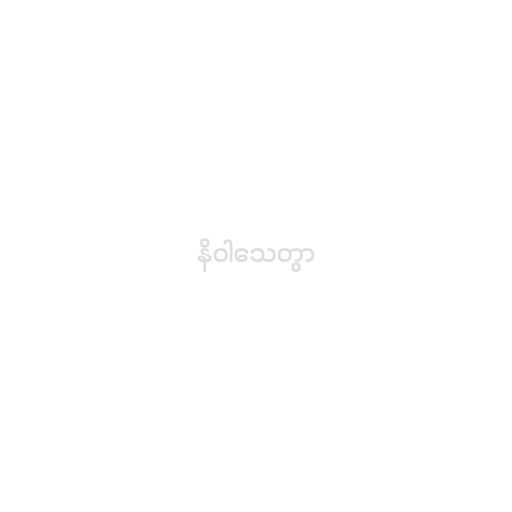
နိဝါသေတွာ